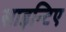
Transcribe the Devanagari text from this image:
साइन्टिए